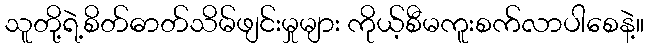
သူတို့ရဲ့စိတ်ဓာတ်သိမ်ဖျင်းမှုများ ကိုယ့်စီမကူးစက်လာပါစေနဲ့။